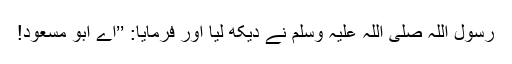
رسول اللہ صلی اللہ علیہ وسلم نے دیکھ لیا اور فرمایا: ’’اے ابو مسعود!